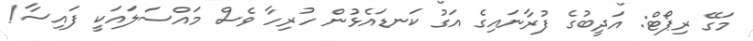
މަގޭ ރިޕޯޓް: އަދީީބުގެ ފުރާނައިގެ އަގު ކަނޑައެޅުން ހުރިހާ ވެސް މައްސަލައަކީ ފައިސާ!